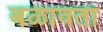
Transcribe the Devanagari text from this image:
बळावतां